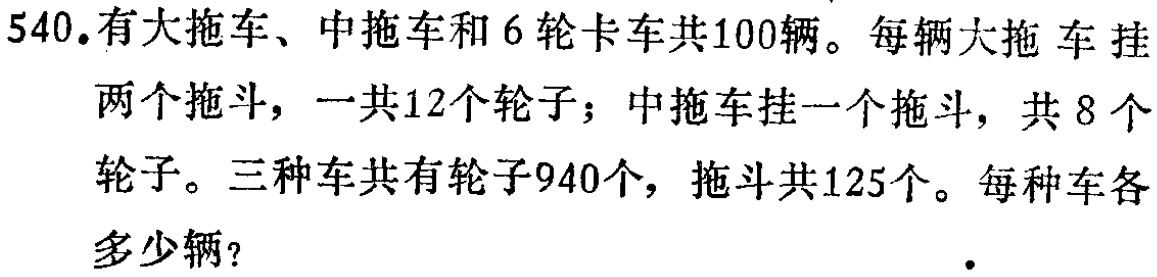
540.有大拖车、中拖车和6轮卡车共100辆。每辆大拖车挂两个拖斗，一共12个轮子；中拖车挂一个拖斗，共8个轮子。三种车共有轮子940个，拖斗共125个。每种车各多少辆？